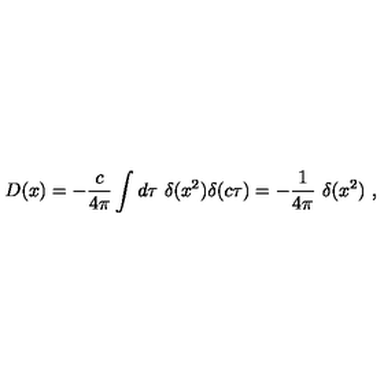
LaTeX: D ( x ) = - { \frac { c } { 4 \pi } } \int d \tau \ \delta ( x ^ { 2 } ) \delta ( c \tau ) = - { \frac { 1 } { 4 \pi } } \ \delta ( x ^ { 2 } ) \ ,